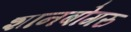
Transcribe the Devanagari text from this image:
शानबोगरु